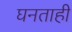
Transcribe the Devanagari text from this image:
घनताही